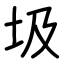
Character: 圾